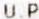
U.P